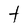
Character: t